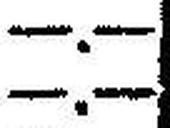
—.—